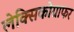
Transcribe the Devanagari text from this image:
लेक्सिकोग्राफर